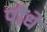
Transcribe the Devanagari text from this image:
पौंधे